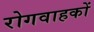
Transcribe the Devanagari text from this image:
रोगवाहकों